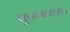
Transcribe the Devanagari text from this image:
कूनम्बक्काव